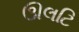
ઊલટિ